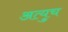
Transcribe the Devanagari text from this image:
अत्युच